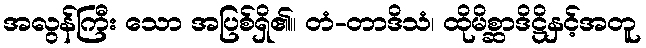
အလွန်ကြီး သော အပြစ်ရှိ၏။ တံ-တာဒိသံ၊ ထိုမိစ္ဆာဒိဋ္ဌိနှင့်အတူ